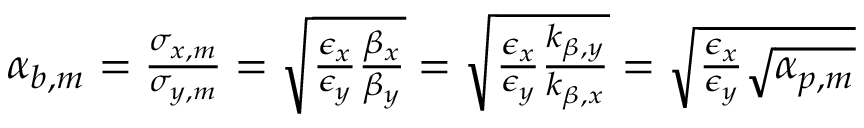
\begin{array} { r } { \alpha _ { b , m } = \frac { \sigma _ { x , m } } { \sigma _ { y , m } } = \sqrt { \frac { \epsilon _ { x } } { \epsilon _ { y } } \frac { \beta _ { x } } { \beta _ { y } } } = \sqrt { \frac { \epsilon _ { x } } { \epsilon _ { y } } \frac { k _ { \beta , y } } { k _ { \beta , x } } } = \sqrt { \frac { \epsilon _ { x } } { \epsilon _ { y } } \sqrt { \alpha _ { p , m } } } } \end{array}